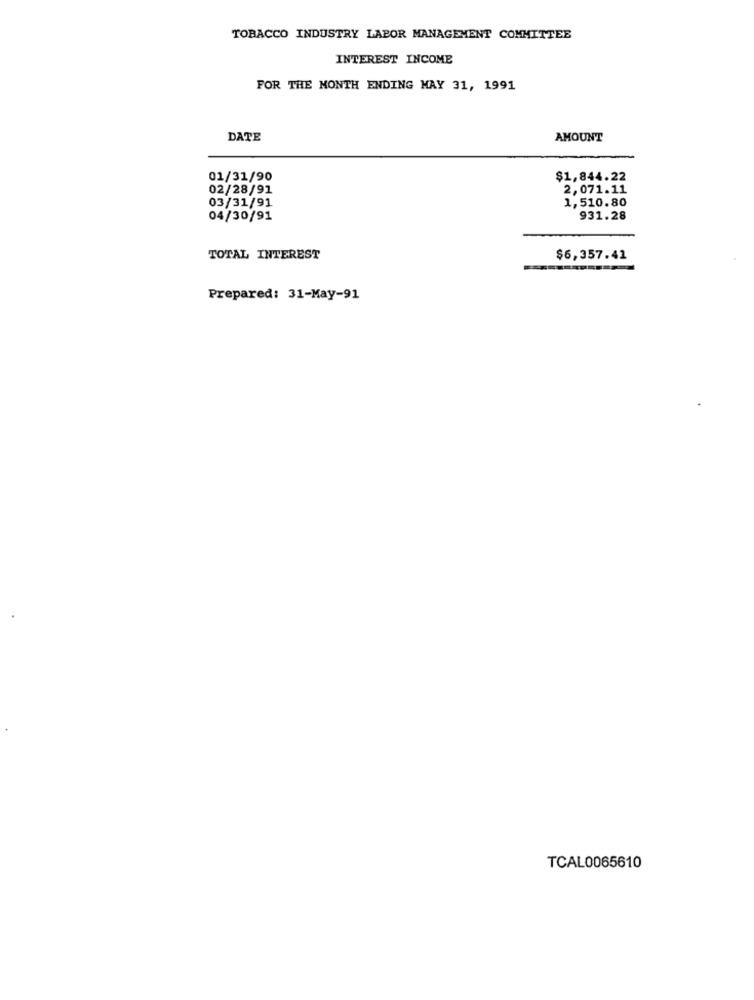
TOBACCO INDUSTRY LABOR MANAGEMENT COMMITTEE
INTEREST INCOME
FOR THE MONTH ENDING MAY 31, 1991
DATE
AMOUNT
01/31/90
$1,844.22
02/28/91
2,071.11
03/31/91
1,510.80
04/30/91
931.28
TOTAL INTEREST
$6,357.41
Prepared: 31-May-91
TCAL0065610